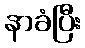
နာခံပြီး